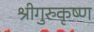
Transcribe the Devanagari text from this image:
श्रीगुरुकृष्ण